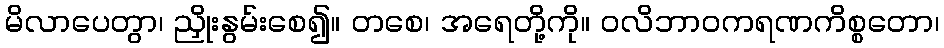
မိလာပေတွာ၊ ညှိုးနွမ်းစေ၍။ တစေ၊ အရေတို့ကို။ ဝလိဘာဝကရဏကိစ္စတော၊